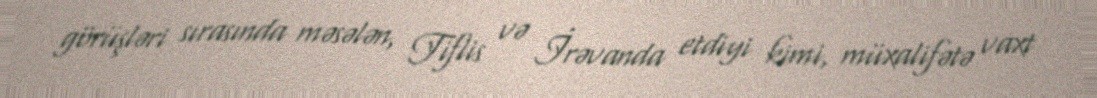
görüşləri sırasında məsələn, Tiflis və İrəvanda etdiyi kimi, müxalifətə vaxt